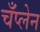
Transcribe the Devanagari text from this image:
चँप्लेन